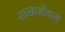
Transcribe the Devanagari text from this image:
शाखाओंवाली